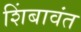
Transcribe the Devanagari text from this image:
शिंबावंत